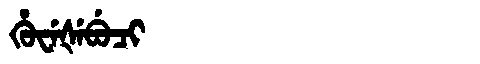
Manchu: ᡥᡠᠸᡝᡧᡝᠪᡠᠴᡳ
Romanization: HUWEŠEBUCI